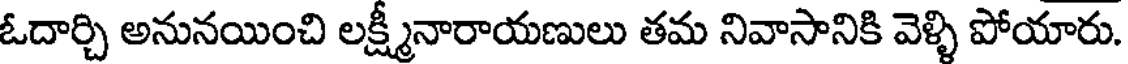
ఓదార్చి అనునయించి లక్ష్మీనారాయణులు తమ నివాసానికి వెళ్ళి పోయారు.